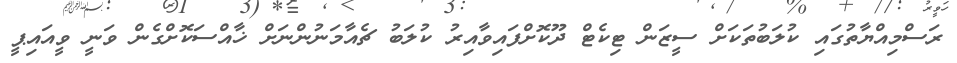
ރަސްމިއްޔާތުގައި ކުލަބުތަކަށް ސީޒަން ޓިކެޓް ދޫކޮށްފައިވާއިރު ކުލަބު ޗެއާމަނުންނަށް ޚާއްސަކޮށްގެން ވަނީ ވީއައިޕީ